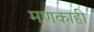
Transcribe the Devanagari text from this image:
मणकाही